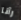
رآنا